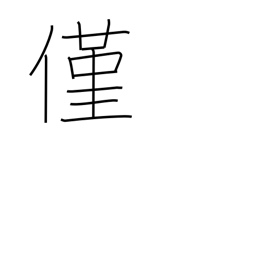
Meaning: a wee bit